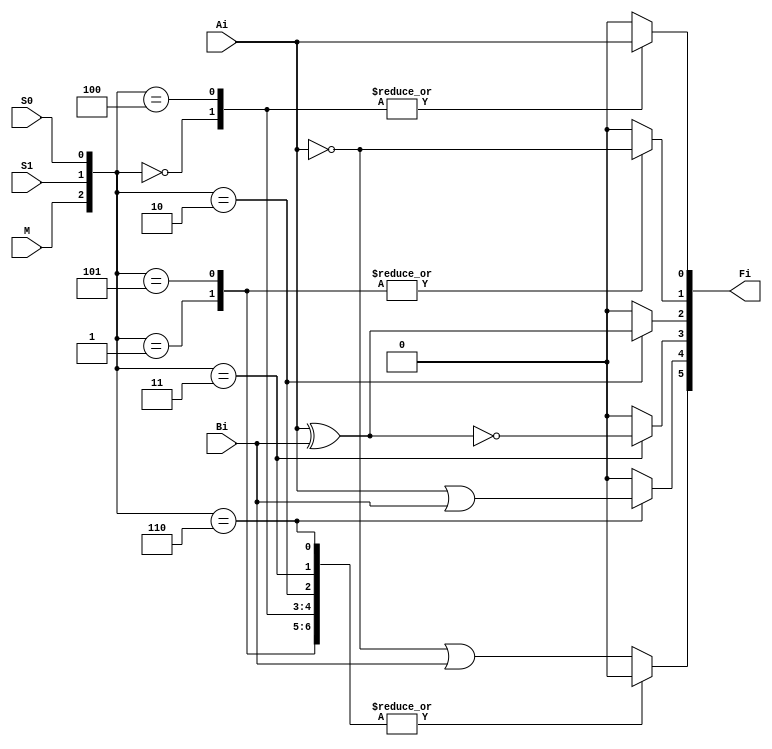
`timescale 1ns / 1ps
//////////////////////////////////////////////////////////////////////////////////
// Company: 
// Engineer: 
// 
// Design Name: 
// Module Name:    ALU 
// Project Name: 
// Target Devices: 
// Tool versions: 
// Description: 
//
// Dependencies: 
//
// Revision: 
// Revision 0.01 - File Created
// Additional Comments: 
//
//////////////////////////////////////////////////////////////////////////////////
module ALU(
    input M, S1, S0,
    input Ai, Bi,
    output[5:0] Fi
    );
	 
	 wire[2:0] sel = {M, S1, S0};
	 reg[5:0] out;
	 assign Fi = out;
	 
	 always@(sel or Ai or Bi)
	 begin
		out = 6'b000000;
		case(sel)
		3'b000: out[0] = Ai; 
		3'b001: out[1] = ~Ai;
		3'b010: out[2] = Ai ^ Bi;
		3'b011: out[3] = ~(Ai ^ Bi);
		3'b100: out[0] = Ai;
		3'b101: out[1] = ~Ai;
		3'b110: out[4] = Ai | Bi;
		default: out[5] = ~Ai | Bi;
		endcase
	 end
	 

endmodule